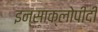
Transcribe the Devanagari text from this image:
इन्साक्लोपीदी